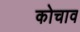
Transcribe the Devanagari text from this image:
कोचाव